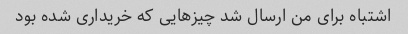
اشتباه برای من ارسال شد چیزهایی که خریداری شده بود